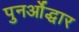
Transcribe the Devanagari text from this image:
पुनर्ओद्धार